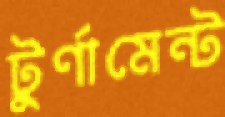
টুর্ণামেন্ট